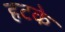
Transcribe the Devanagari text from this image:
हटके